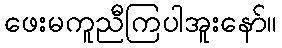
ဖေးမကူညီကြပါအူးနော်။